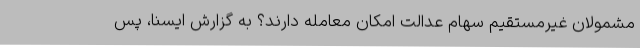
مشمولان غیرمستقیم سهام عدالت امکان معامله دارند؟ به گزارش ایسنا، پس